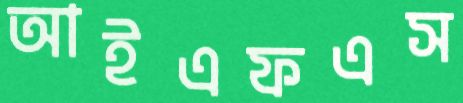
আইএফএস